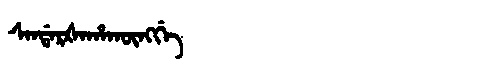
Manchu: ᠰᠠᠨᡩᠠᡵᡧᠠᡥᠠᡴᡡᠩᡤᡝ
Romanization: SANDARŠAHAKŪNGGE